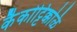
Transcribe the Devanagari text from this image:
कैकोट्टिक्कळि